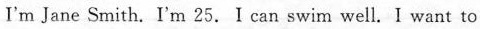
I'm Jane Smith. I'm 25.I can swim well. I want to